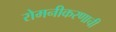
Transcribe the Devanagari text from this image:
रोमनीकरणाची